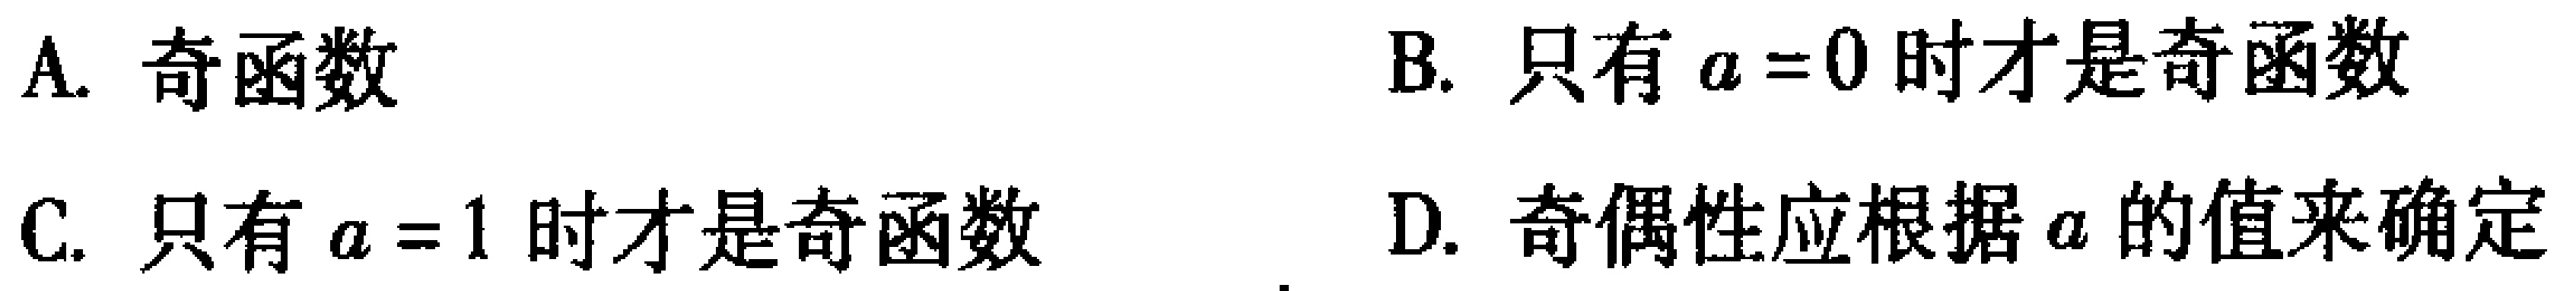
A. 奇函数

B. 只有\(a = 0\)时才是奇函数

C. 只有\(a = 1\)时才是奇函数

D. 奇偶性应根据\(a\)的值来确定